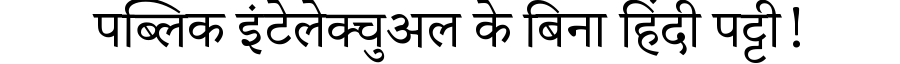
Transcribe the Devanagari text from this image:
पब्लिक इंटेलेक्चुअल के बिना हिंदी पट्टी!